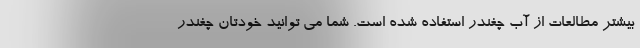
بیشتر مطالعات از آب چغندر استفاده شده است. شما می توانید خودتان چغندر